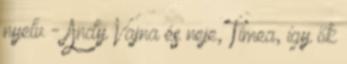
nyelv - Andy Vajna és neje, Tímea, így ők